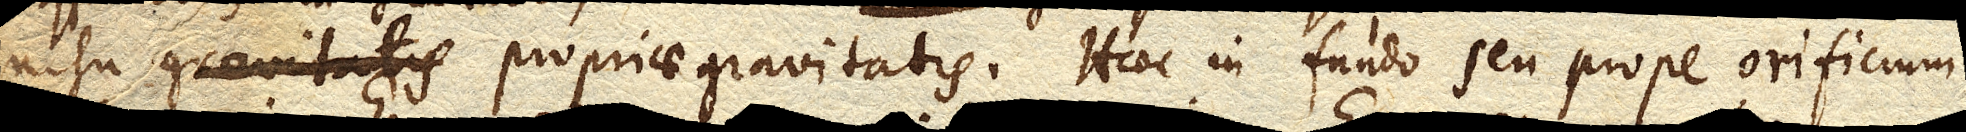
nisu propriae gravitatis. Haec in fundo seu prope orificium